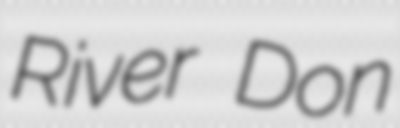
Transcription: River Don